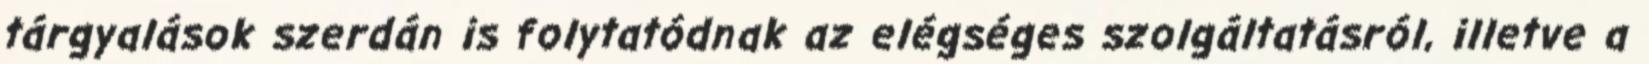
tárgyalások szerdán is folytatódnak az elégséges szolgáltatásról, illetve a